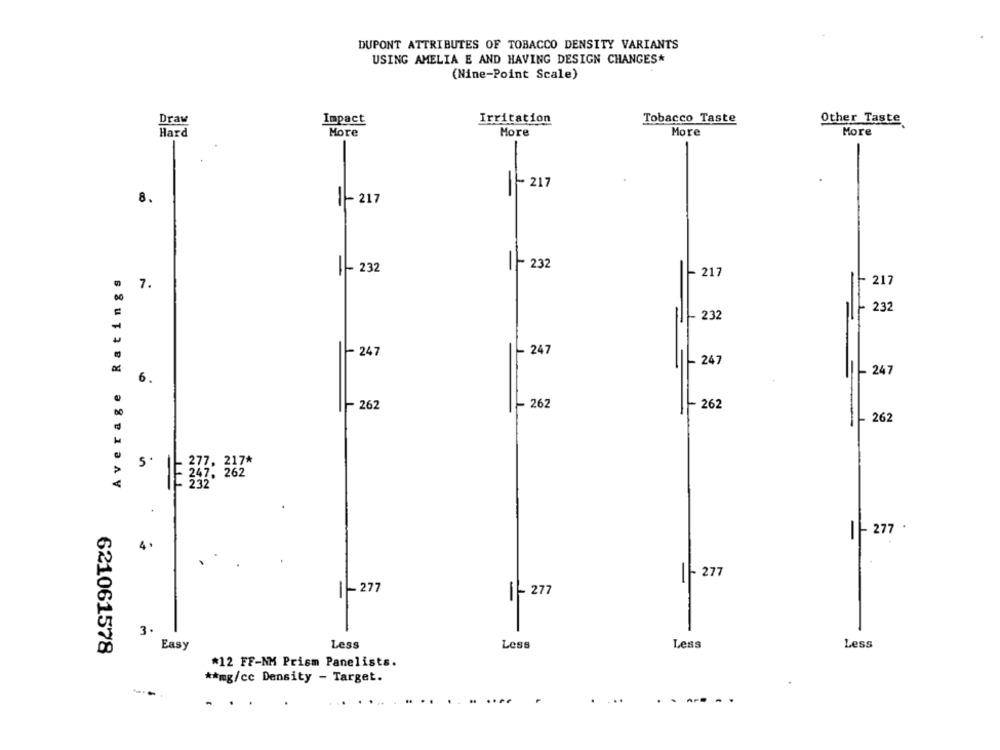
DUPONT ATTRIBUTES OF TOBACCO DENSITY VARIANTS
USING AMELIA E AND HAVING DESIGN CHANGES*
(Nine-Point Scale)
Draw
Impact
Irritation
Tobacco Taste
Other Taste
Hard
More
More
More
More
-217
8.
1- 217
1- 232
11 232
Average Ratings
- 217
7.
217
232
- 232
-
- 247
. 247
- 247
- 247
6.
~ 262
- 262
- 262
- 262
-
5
E 343: 262
1- 277
1- 277
1277
1- 277
3 .
Easy
Less
Less
Less
Less
621061578
*12 FF-NM Prism Panelists.
** mg/cc Density - Target.
....
- -- -